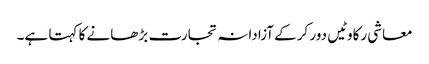
معاشی رکاوٹیں دور کرکے آزادانہ تجارت بڑھانے کا کہتا ہے۔